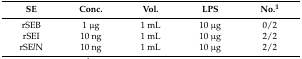
| SE | Conc. | Vol. | LPS | No.1 |
 | --- | --- | --- | --- | --- |
 | rSEB | 1 μg | 1 mL | 10 μg | 0/2 |
 | rSEI | 10 ng | 1 mL | 10 μg | 2/2 |
 | rSElN | 10 ng | 1 mL | 10 μg | 2/2 |